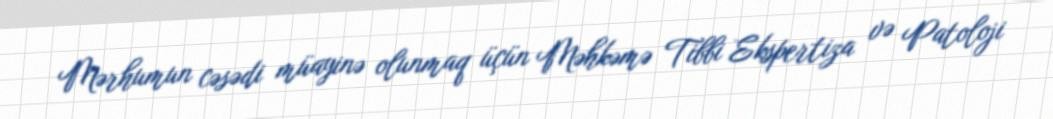
Mərhumun cəsədi müayinə olunmaq üçün Məhkəmə Tibbi Ekspertiza və Patoloji